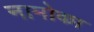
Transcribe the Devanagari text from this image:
नामोका